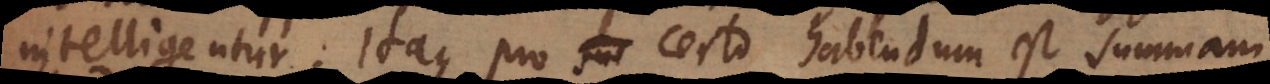
intelligentur. Itaque pro certo habendum est summam